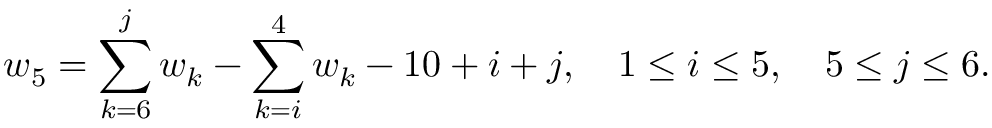
w _ { 5 } = \sum _ { k = 6 } ^ { j } w _ { k } - \sum _ { k = i } ^ { 4 } w _ { k } - 1 0 + i + j , ~ ~ ~ 1 \leq i \leq 5 , ~ ~ ~ 5 \leq j \leq 6 .